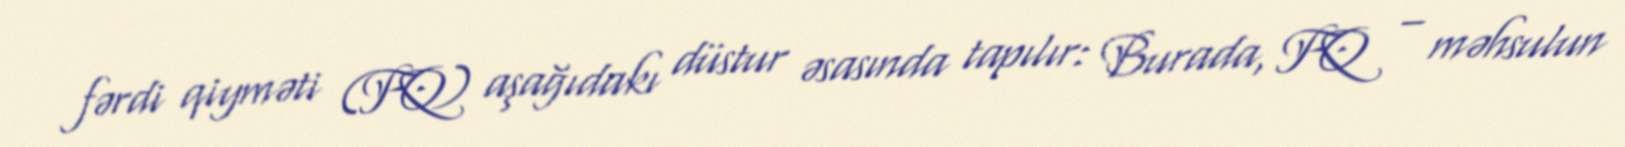
fərdi qiyməti (FQ) aşağıdakı düstur əsasında tapılır: Burada, FQ – məhsulun